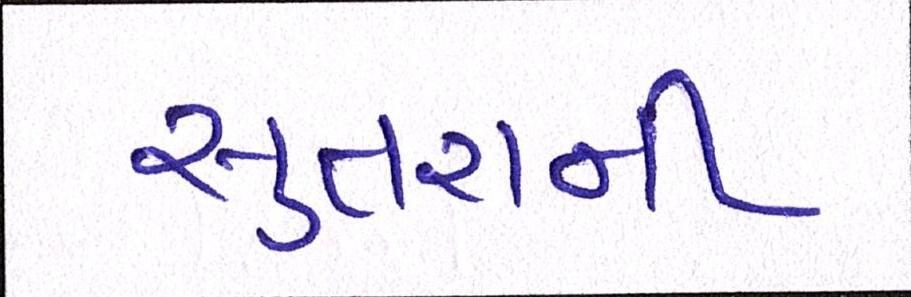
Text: સુતરાની